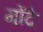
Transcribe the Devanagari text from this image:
गोंदे